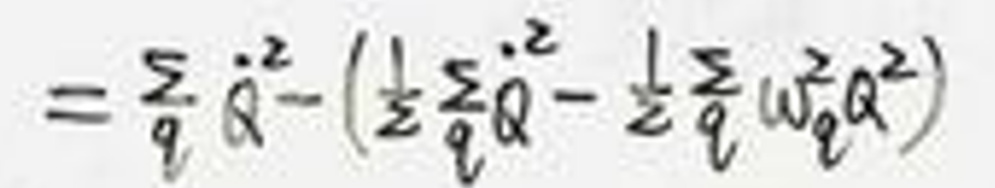
\[
=\sum_{q} \dot{Q}^{2}-\left(\frac{1}{2} \sum_{q} \dot{Q}^{2}-\frac{1}{2} \sum_{q} \omega_{q}^{2} Q^{2}\right)
\]